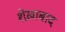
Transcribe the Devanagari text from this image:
शेख़ाबाद